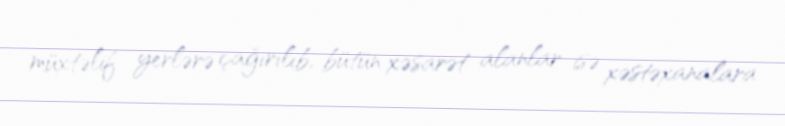
müxtəlif yerlərə çağırılıb, bütün xəsarət alanlar isə xəstəxanalara